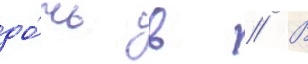
до́чь в // В